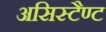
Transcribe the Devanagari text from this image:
असिस्टैण्ट